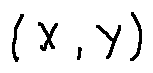
( X , Y )